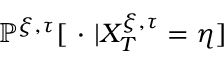
\mathbb { P } ^ { \xi , \tau } [ \ \cdot \ | X _ { T } ^ { \xi , \tau } = \eta ]